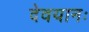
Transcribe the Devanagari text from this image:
देवयानः